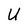
Character: U